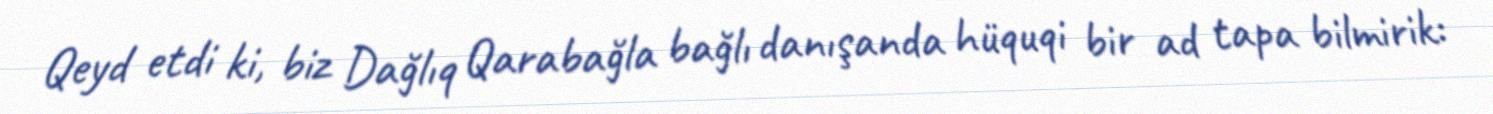
Qeyd etdi ki, biz Dağlıq Qarabağla bağlı danışanda hüquqi bir ad tapa bilmirik: